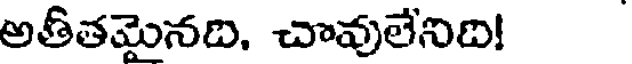
అతీతమైనది, చావులేనిది!